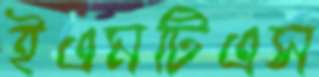
ইএমটিএস